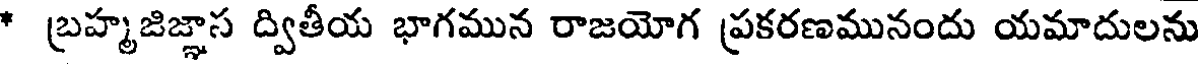
* బ్రహ్మజిజ్ఞాస ద్వితీయ భాగమున రాజయోగ ప్రకరణమునందు యమాదులను